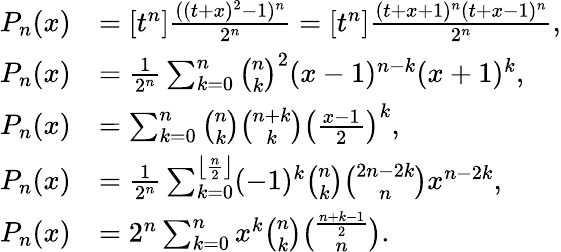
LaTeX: {\begin{array}{rl}{P_{n}(x)}&{=[t^{n}]{\frac{((t+x)^{2}-1)^{n}}{2^{n}}}=[t^{n}]{\frac{(t+x+1)^{n}(t+x-1)^{n}}{2^{n}}},}\\ {P_{n}(x)}&{={\frac{1}{2^{n}}}\sum_{k=0}^{n}{\binom{n}{k}}^{2}(x-1)^{n-k}(x+1)^{k},}\\ {P_{n}(x)}&{=\sum_{k=0}^{n}{\binom{n}{k}}{\binom{n+k}{k}}\left({\frac{x-1}{2}}\right)^{k},}\\ {P_{n}(x)}&{={\frac{1}{2^{n}}}\sum_{k=0}^{\left\lfloor{\frac{n}{2}}\right\rfloor}(-1)^{k}{\binom{n}{k}}{\binom{2n-2k}{n}}x^{n-2k},}\\ {P_{n}(x)}&{=2^{n}\sum_{k=0}^{n}x^{k}{\binom{n}{k}}{\binom{\frac{n+k-1}{2}}{n}}.}\end{array}}